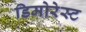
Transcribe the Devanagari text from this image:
डिमोरेस्ट